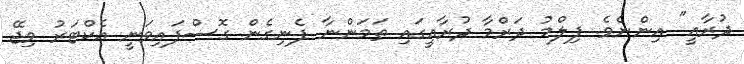
ދުރާއީ" އިންނެވެ. ފިލްމު ދަރްމާ ދުރާއީގައި ތަމަންނާ ފެނިގެން ގޮސްފައިވަނީ އެކްޓަރު ވިޖޭ